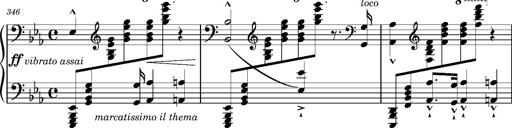
Title: Magyar rapszÃ³diÃ¡k
Composer: Franz Liszt